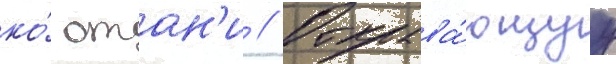
ко́ отан'и // Открыва́ющуу